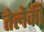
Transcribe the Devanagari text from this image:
तेलेकी